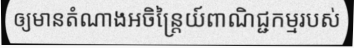
ឲ្យមានតំណាងអចិន្ត្រៃយ៍ពាណិជ្ជកម្មរបស់